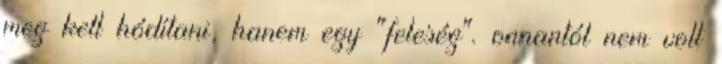
meg kell hódítani, hanem egy "feleség". onnantól nem volt